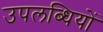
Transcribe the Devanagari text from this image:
उपलब्‍धियों